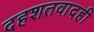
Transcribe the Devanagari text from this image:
दहशतवादही